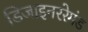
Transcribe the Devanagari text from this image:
डिजाइनररेमंड